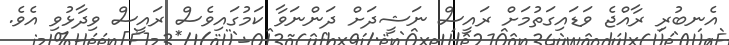
އެނބުރި ރާއްޖެ ވަޑައިގަތުމަށް ރައީސް ނަޝީދަށް ދަންނަވާ ކަމުގައިވެސް ރައީސް ވިދާޅުވި އެވެ.